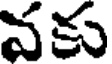
వకు